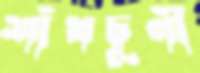
শাঁখচূর্ণী